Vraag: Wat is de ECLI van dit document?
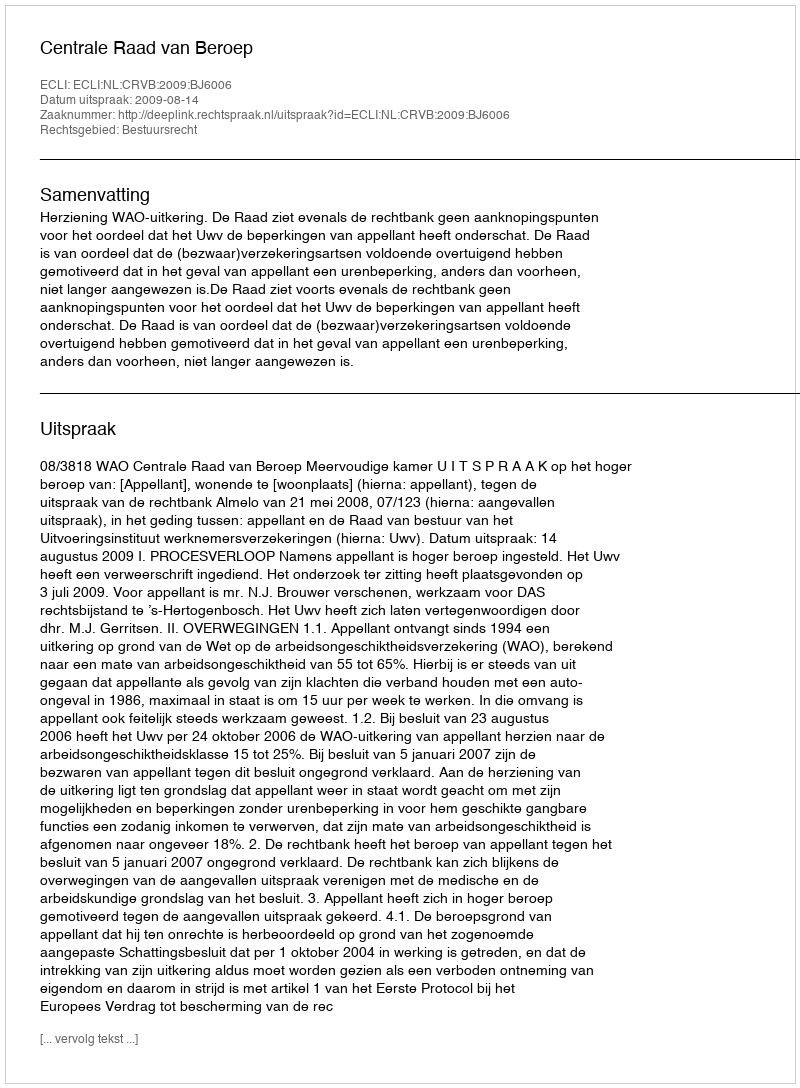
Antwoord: ECLI:NL:CRVB:2009:BJ6006